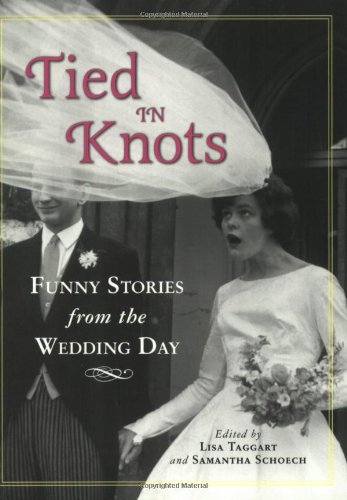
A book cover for Tied in Knots: Funny Stories from the Wedding Day; Crafts, Hobbies & Home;